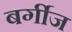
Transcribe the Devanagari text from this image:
बर्गीज